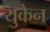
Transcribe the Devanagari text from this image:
युकेन